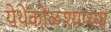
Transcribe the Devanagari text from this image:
येथेकोळश्याच्या